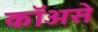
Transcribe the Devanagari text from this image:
कॉअसे